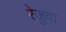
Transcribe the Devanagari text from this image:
रेजुवा